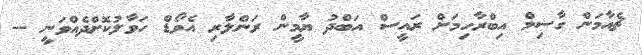
ޗެއާމަން ގާސިމް އިބްރާހިމަށް ރައީސް އަބްދު ޔާމީން ރަންލާރި އެވޯޑް ހަވާލުކޮށްދެއްވަނީ --